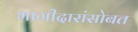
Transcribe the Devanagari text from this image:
भागीदारांसोबत